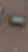
-